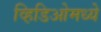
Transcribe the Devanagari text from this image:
व्हिडिओमध्ये